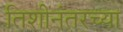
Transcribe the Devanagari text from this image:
तिशीनंतरच्या